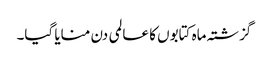
گزشتہ ماہ کتابوں کا عالمی دن منایا گیا۔